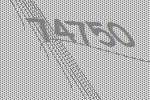
74750